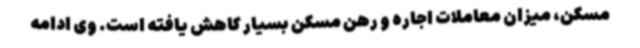
مسکن، میزان معاملات اجاره و رهن مسکن بسیار کاهش یافته است. وی ادامه